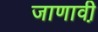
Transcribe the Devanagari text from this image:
जाणावी़